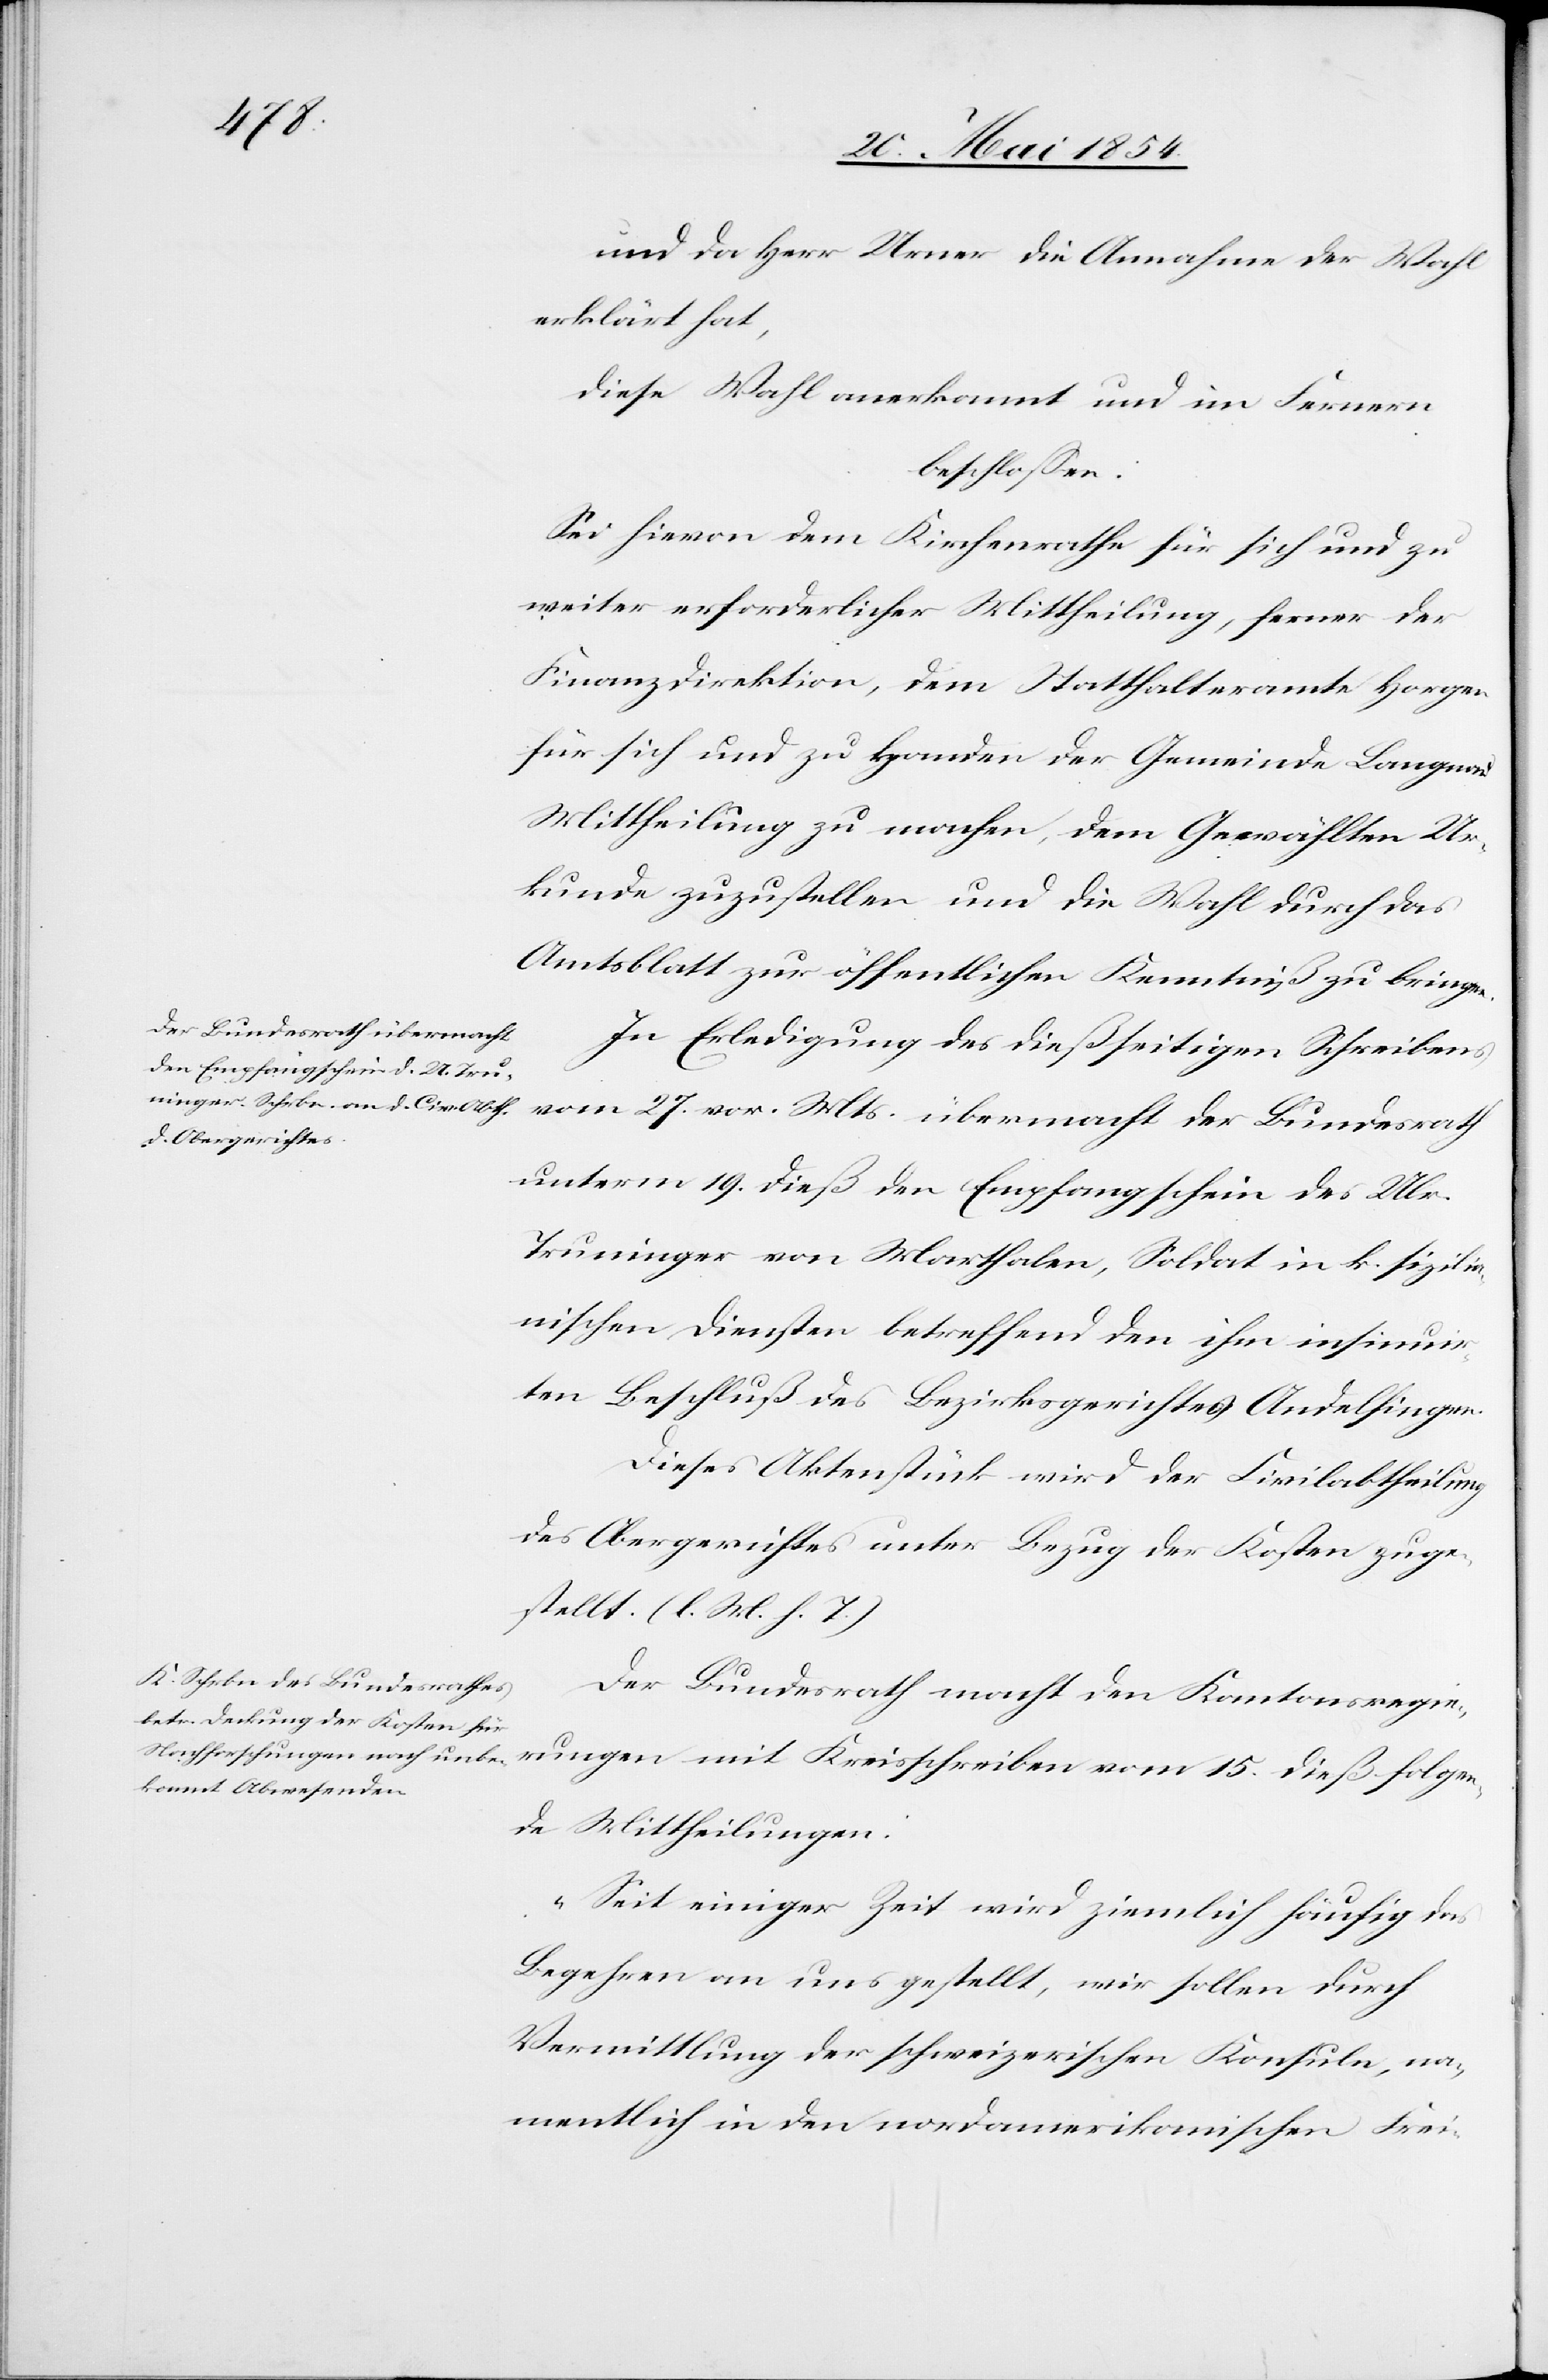
und da Herr Urner die Annahme der Wahl
erklärt hat,
diese Wahl anerkannt und im Fernern
beschloßen:
Sei hievon dem Kirchenrathe für sich und zu
weiter erforderlicher Mittheilung, ferner der
Finanzdirektion, dem Statthalteramte Horgen
für sich und zu Handen der Gemeinde Langnau
Mittheilung zu machen, dem Gewählten Ur¬
kunde zuzustellen und die Wahl durch das
Amtsblatt zur öffentlichen Kenntniß zu bringen.
In Erledigung des dießseitigen Schreibens
vom 27. vor. Mts. übermacht der Bundesrath
unterm 19. dieß den Empfangschein des Ulr.
Truninger von Marthalen, Soldat in k. sizilia¬
nischen Diensten betreffend den ihm insinuir¬
ten Beschluß des Bezirksgerichtes Andelfingen.
Dieses Aktenstück wird der Civilabtheilung
des Obergerichtes unter Bezug der Kosten zuge¬
stellt. (l. M. h. T.)
Der Bundesrath macht den Kantonsregie¬
rungen mit Kreisschreiben vom 15. dieß folgen¬
de Mittheilungen:
„Seit einiger Zeit wird ziemlich häufig das
Begehren an uns gestellt, wir sollen durch
Vermittlung der schweizerischen Konsuln, na¬
mentlich in den nordamerikanischen Frei-